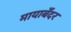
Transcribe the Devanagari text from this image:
मायाबँदर